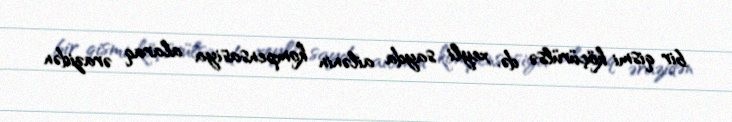
bir qismi köçürülsə də, xeyli sayda ailənin kompensasiya alaraq ərazidən